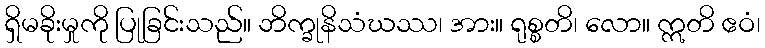
ရှိမခိုးမှုကို ပြုခြင်းသည်။ ဘိက္ခုနိသံဃဿ၊ အား။ ရုစ္စတိ၊ လော။ ဣတိ ဧဝံ၊